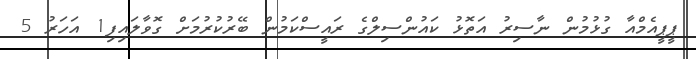
ޕީޕީއެމްއާ ގުޅުމުން ނާސިރު އަތޮޅު ކައުންސިލްގެ ރައީސްކަމުން ބޭރުކުރުމަށް ގޮވާލައިފި1 އަހަރު 5